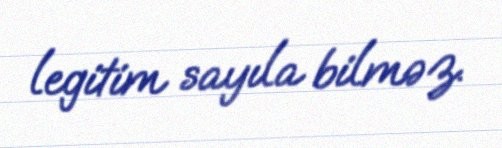
legitim sayıla bilməz.